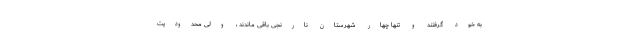
به خود گرفتند و تنها چهار شهرستان نارنجی باقی ماندند ، ولی محدودیت